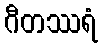
ဂီတဿရံ